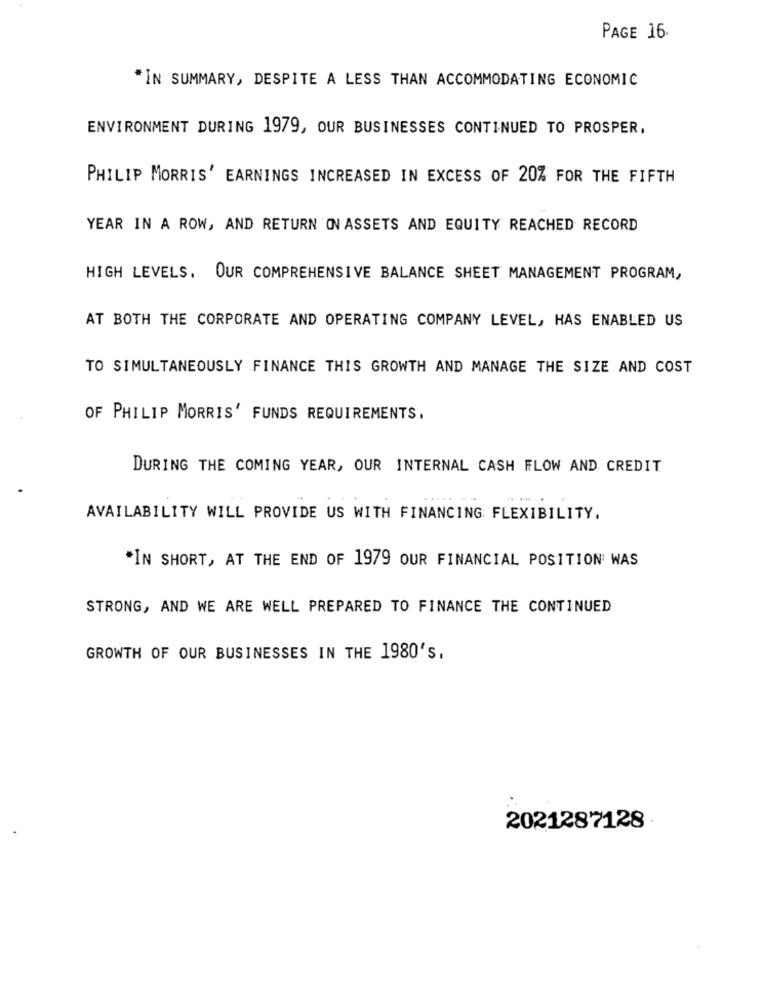
PAGE 16.
*IN SUMMARY, DESPITE A LESS THAN ACCOMMODATING ECONOMIC
ENVIRONMENT DURING 1979, OUR BUSINESSES CONTINUED TO PROSPER,
PHILIP MORRIS' EARNINGS INCREASED IN EXCESS OF 20% FOR THE FIFTH
YEAR IN A ROW, AND RETURN ON ASSETS AND EQUITY REACHED RECORD
HIGH LEVELS. OUR COMPREHENSIVE BALANCE SHEET MANAGEMENT PROGRAM,
AT BOTH THE CORPORATE AND OPERATING COMPANY LEVEL, HAS ENABLED US
TO SIMULTANEOUSLY FINANCE THIS GROWTH AND MANAGE THE SIZE AND COST
OF PHILIP MORRIS' FUNDS REQUIREMENTS.
DURING THE COMING YEAR, OUR INTERNAL CASH FLOW AND CREDIT
AVAILABILITY WILL PROVIDE US WITH FINANCING FLEXIBILITY.
"IN SHORT, AT THE END OF 1979 OUR FINANCIAL POSITION WAS
STRONG, AND WE ARE WELL PREPARED TO FINANCE THE CONTINUED
GROWTH OF OUR BUSINESSES IN THE 1980's.
2021287128